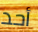
أحد